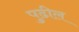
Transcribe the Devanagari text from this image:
पुुढील